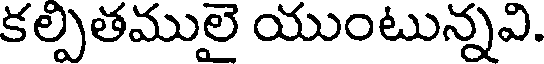
కల్పితములై యుంటున్నవి.